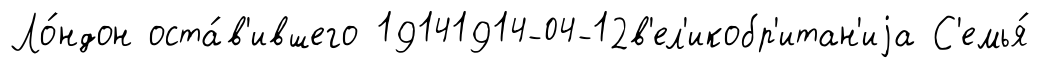
Ло́ндон оста́в'ившего 19141914-04-12в'ел'икобр'итан'иjа С'емья́